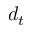
d _ { t }